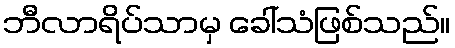
ဘီလာရိပ်သာမှ ခေါ်သံဖြစ်သည်။